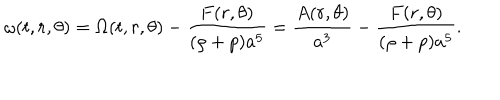
\omega ( t , r , \theta ) = \Omega ( t , r , \theta ) - \frac { F ( r , \theta ) } { ( \rho + p ) a ^ { 5 } } = \frac { A ( r , \theta ) } { a ^ { 3 } } - \frac { F ( r , \theta ) } { ( \rho + p ) a ^ { 5 } } .